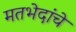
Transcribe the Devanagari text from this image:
मतभेदांचे